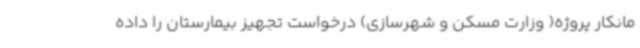
مانکار پروژه( وزارت مسکن و شهرسازی) درخواست تجهیز بیمارستان را داده